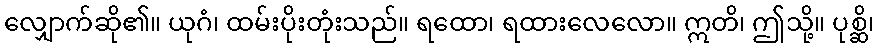
လျှောက်ဆို၏။ ယုဂံ၊ ထမ်းပိုးတုံးသည်။ ရထော၊ ရထားလေလော။ ဣတိ၊ ဤသို့။ ပုစ္ဆိ၊